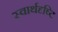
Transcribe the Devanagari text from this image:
स्वार्थदृष्टि